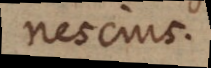
nescius.